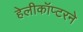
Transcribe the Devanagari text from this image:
हेलीकॉप्टरने